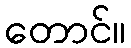
တောင်။